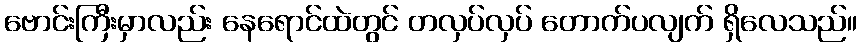
ဗောင်းကြီးမှာလည်း နေရောင်ထဲတွင် တလှပ်လှပ် တောက်ပလျက် ရှိလေသည်။